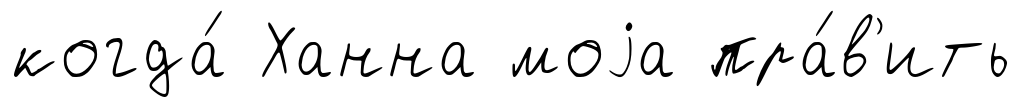
когда́ Ханна моjа пра́в'ить